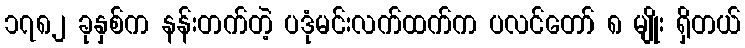
၁၇၈၂ ခုနှစ်က နန်းတက်တဲ့ ပဒုံမင်းလက်ထက်က ပလင်တော် ၈ မျိုး ရှိတယ်